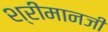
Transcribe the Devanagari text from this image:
श्रीमानजी